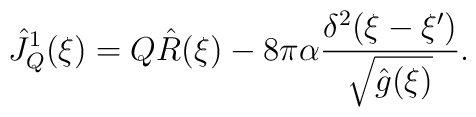
{\hat{J}_Q^1}(\xi)=Q{\hat{R}}(\xi)-8\pi\alpha{{{\delta^2}(\xi-\xi')}\over{\sqrt{\hat{g}(\xi)}}}.